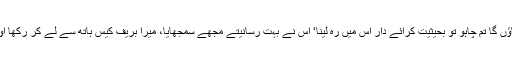
اب میں یہاں جو نیا مکان بناؤں گا تم چاہو تو بحیثیت کرائے دار اس میں رہ لینا‘ اس نے بہت رسانیتے مجھے سمجھایا، میرا بریف کیس ہاتھ سے لے کر رکھا اور مجھے اپنے پاس بٹھا لیا۔